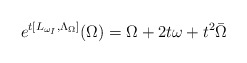
\begin{align*}e^{t[L_{\omega_I}, \Lambda_{\Omega}]}(\Omega) = \Omega + 2t \omega + t^2 \bar \Omega\end{align*}